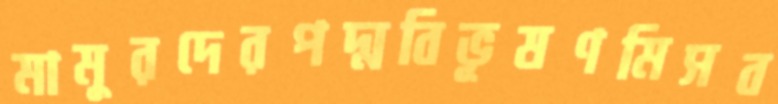
মামুরদেরপদ্মবিভূষণমিসব